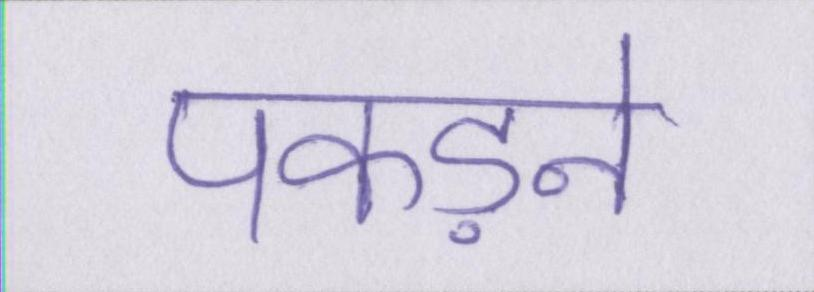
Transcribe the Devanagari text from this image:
पकड़ने